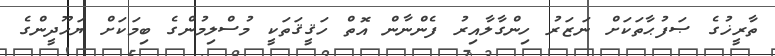
ތާރީޚުގެ ޞަފުޙާތަކަށް ނަޒަރު ހިންގާލާއިރު ފެންނާން އޮތް ހަޤީޤަތަކީ މުސްލިމުންގެ ބިމަކަށް ޔަހޫދީންގެ